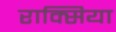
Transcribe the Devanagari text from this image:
राक्सिया